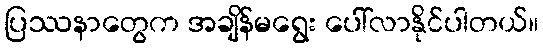
ပြဿနာတွေက အချိန်မရွေး ပေါ်လာနိုင်ပါတယ်။